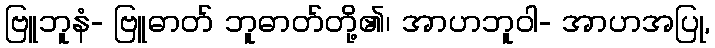
ဗြူဘူနံ- ဗြူဓာတ် ဘူဓာတ်တို့၏၊ အာဟဘူဝါ- အာဟအပြု,